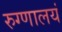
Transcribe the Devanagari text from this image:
रुग्णालयं